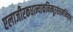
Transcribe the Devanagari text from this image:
एलाजीरकधान्याकनिम्बूरससमन्वितम्।